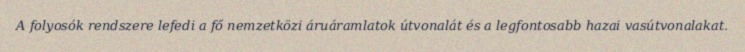
A folyosók rendszere lefedi a fő nemzetközi áruáramlatok útvonalát és a legfontosabb hazai vasútvonalakat.